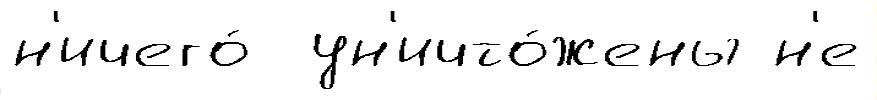
н'ичего́  ун'ичто́жены н'е